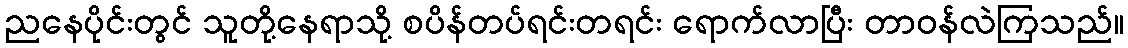
ညနေပိုင်းတွင် သူတို့နေရာသို့ စပိန်တပ်ရင်းတရင်း ရောက်လာပြီး တာဝန်လဲကြသည်။